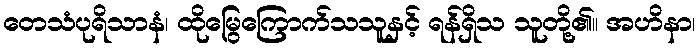
တေသံပုရိသာနံ၊ ထိုမြွေကြောက်သသူနှင့် ရန်ရှိသ သူတို့၏။ အဟိနာ၊